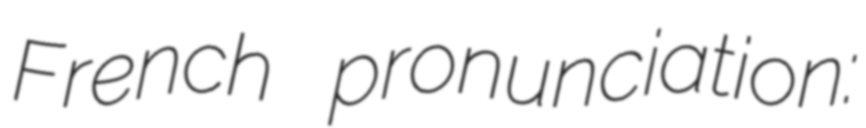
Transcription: French pronunciation: